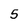
Character: 5